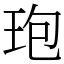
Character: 玸